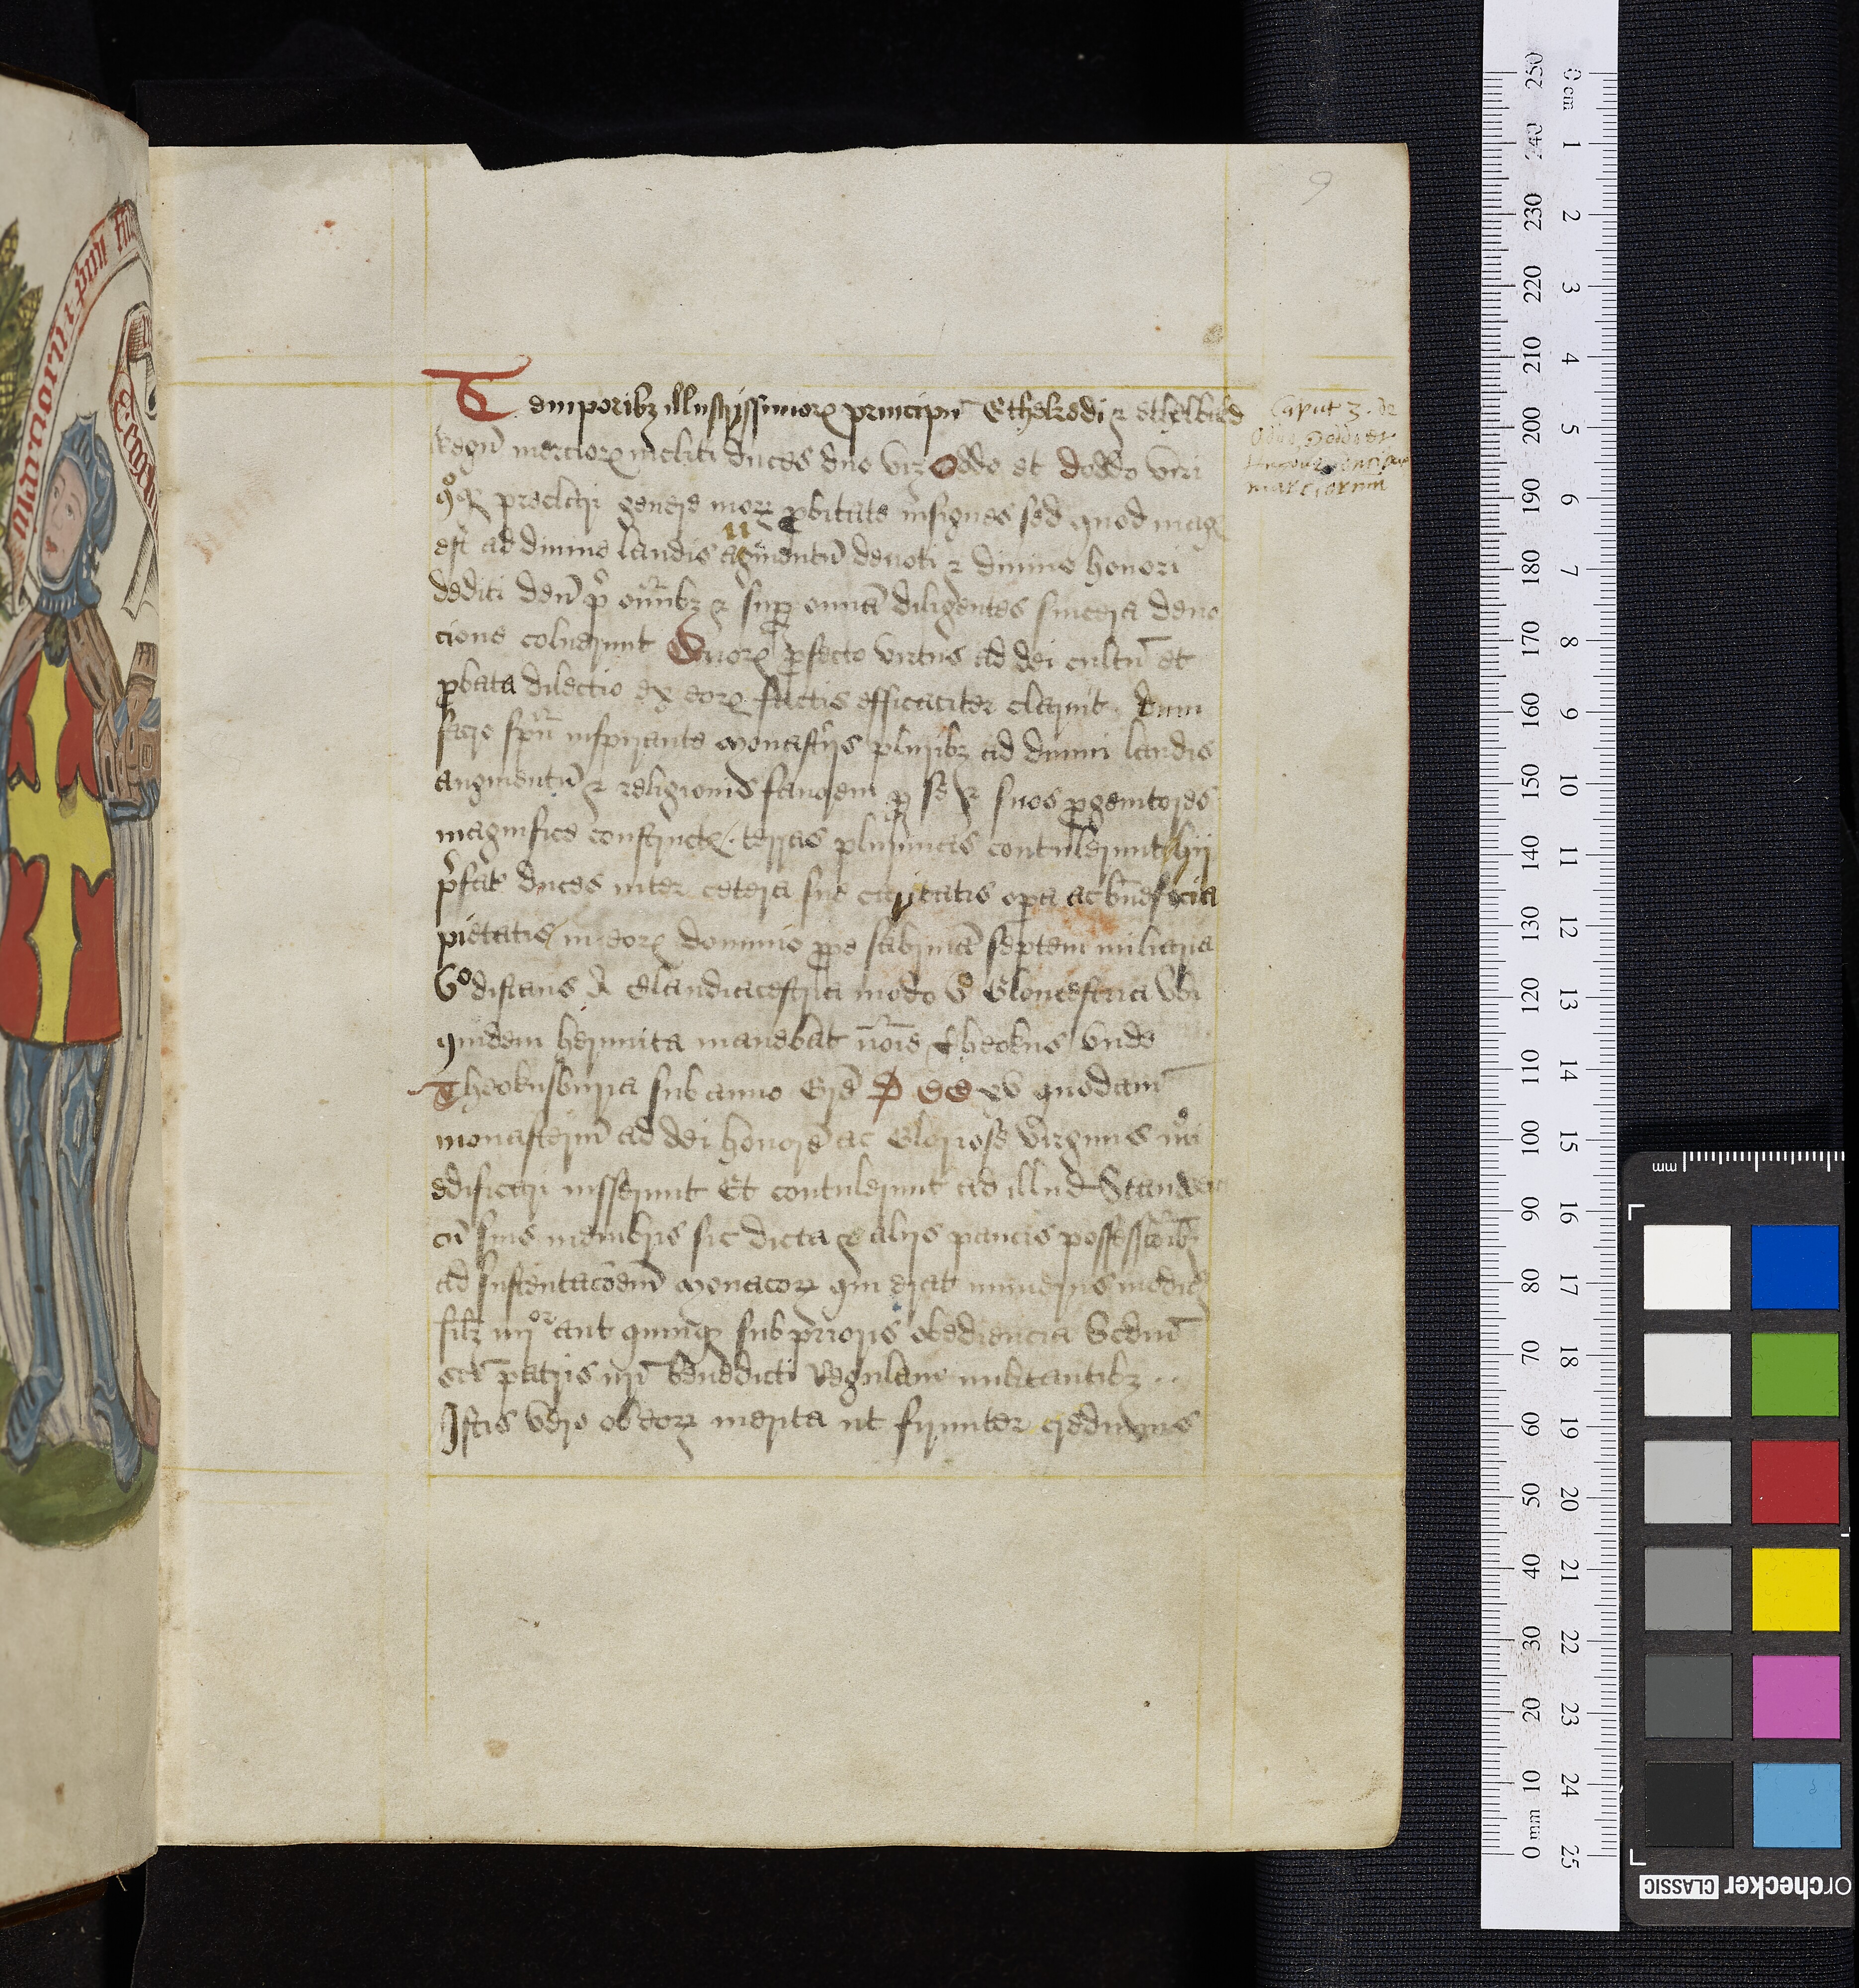
Shelfmark: Oxford, Bodleian Library, ms. Top. Glouc. d. 2
Century: 16